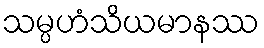
သမ္ပဟံသိယမာနဿ